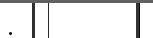
: